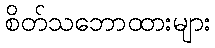
စိတ်သဘောထားများ